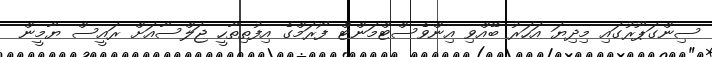
ސިންގަޕޫރުގައި މިދިޔަ އަހަރު ބޭއްވި އިންވެސްޓްމަންޓް ފޯރަމްގެ އިފުތިތާހީ ޖަލްސާއަށް ރައީސް ޔާމީން